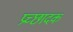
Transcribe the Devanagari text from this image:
प्रच्छादक